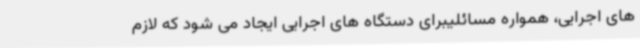
های اجرایی، همواره مسائلیبرای دستگاه های اجرایی ایجاد می شود که لازم